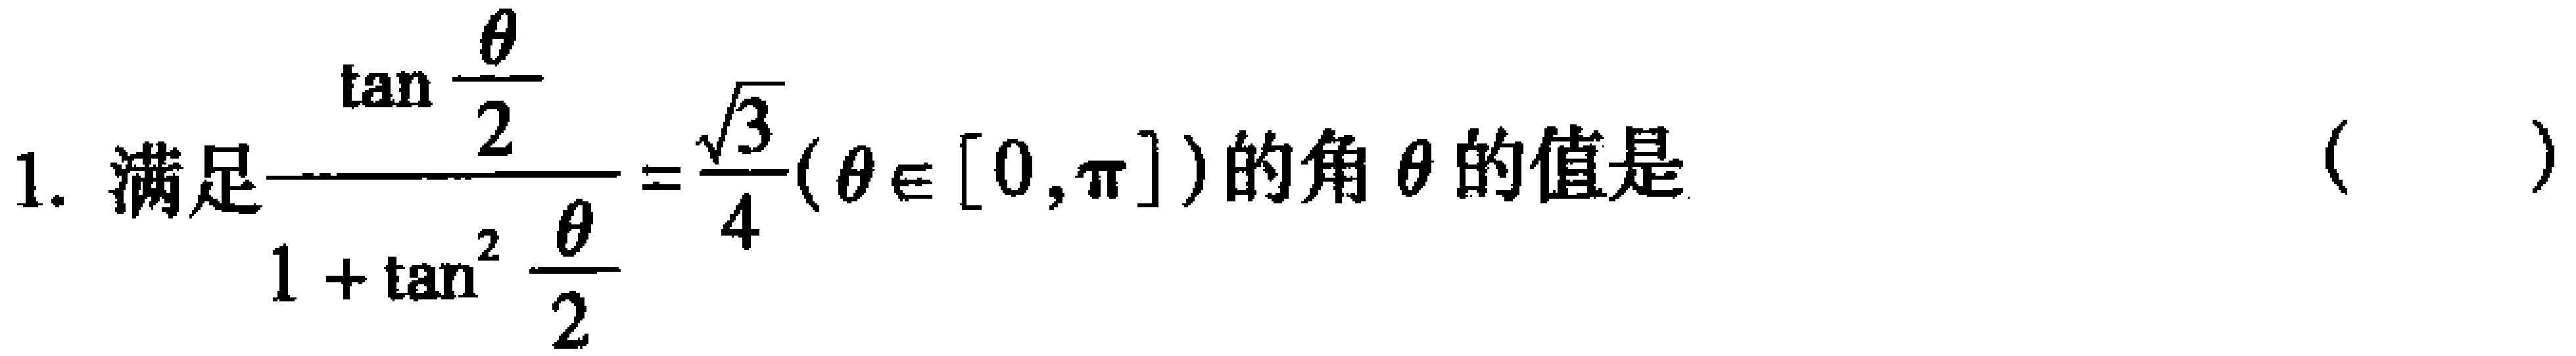
1. 满足$\frac{\tan \frac{\theta}{2}}{1 + \tan^{2} \frac{\theta}{2}}=\frac{\sqrt{3}}{4}(\theta\in[0,\pi])$的角$\theta$的值是（  ）